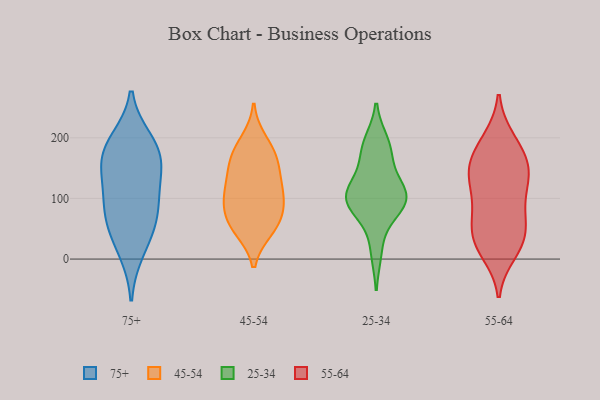
{"axis": {"x": "Tickets Resolved", "y": "Value"}, "legend": ["25-34", "45-54", "55-64", "75+"], "data": [{"x": "", "y": 194, "type": "75+"}, {"x": "", "y": 180, "type": "75+"}, {"x": "", "y": 142, "type": "75+"}, {"x": "", "y": 14, "type": "75+"}, {"x": "", "y": 61, "type": "75+"}, {"x": "", "y": 150, "type": "75+"}, {"x": "", "y": 93, "type": "75+"}, {"x": "", "y": 53, "type": "75+"}, {"x": "", "y": 97, "type": "75+"}, {"x": "", "y": 177, "type": "75+"}, {"x": "", "y": 118, "type": "45-54"}, {"x": "", "y": 137, "type": "45-54"}, {"x": "", "y": 76, "type": "45-54"}, {"x": "", "y": 194, "type": "45-54"}, {"x": "", "y": 171, "type": "45-54"}, {"x": "", "y": 110, "type": "45-54"}, {"x": "", "y": 155, "type": "45-54"}, {"x": "", "y": 100, "type": "45-54"}, {"x": "", "y": 58, "type": "45-54"}, {"x": "", "y": 49, "type": "45-54"}, {"x": "", "y": 90, "type": "45-54"}, {"x": "", "y": 172, "type": "45-54"}, {"x": "", "y": 52, "type": "45-54"}, {"x": "", "y": 93, "type": "25-34"}, {"x": "", "y": 192, "type": "25-34"}, {"x": "", "y": 13, "type": "25-34"}, {"x": "", "y": 81, "type": "25-34"}, {"x": "", "y": 115, "type": "25-34"}, {"x": "", "y": 102, "type": "25-34"}, {"x": "", "y": 117, "type": "25-34"}, {"x": "", "y": 87, "type": "25-34"}, {"x": "", "y": 183, "type": "25-34"}, {"x": "", "y": 107, "type": "25-34"}, {"x": "", "y": 167, "type": "25-34"}, {"x": "", "y": 102, "type": "55-64"}, {"x": "", "y": 46, "type": "55-64"}, {"x": "", "y": 155, "type": "55-64"}, {"x": "", "y": 80, "type": "55-64"}, {"x": "", "y": 27, "type": "55-64"}, {"x": "", "y": 197, "type": "55-64"}, {"x": "", "y": 174, "type": "55-64"}, {"x": "", "y": 148, "type": "55-64"}, {"x": "", "y": 121, "type": "55-64"}, {"x": "", "y": 127, "type": "55-64"}, {"x": "", "y": 195, "type": "55-64"}, {"x": "", "y": 71, "type": "55-64"}, {"x": "", "y": 57, "type": "55-64"}, {"x": "", "y": 147, "type": "55-64"}, {"x": "", "y": 11, "type": "55-64"}, {"x": "", "y": 30, "type": "55-64"}, {"x": "", "y": 150, "type": "55-64"}, {"x": "", "y": 22, "type": "55-64"}]}